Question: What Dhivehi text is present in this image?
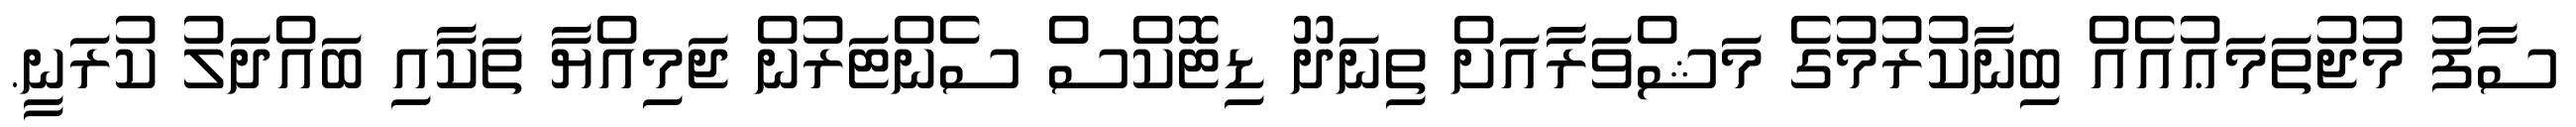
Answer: ސާފު މުޖުތަމަޢުއެއް ބިނާކުރުމުގެ މަޝްވަރާއަށް ތިނަދޫ ޑިޓޮކްސް ސެންޓަރުން ޖަމިއްޔާ ތަކާއި ބައްދަލު ކުރަނީ.